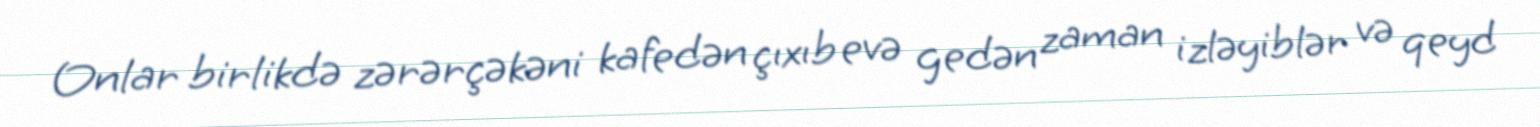
Onlar birlikdə zərərçəkəni kafedən çıxıb evə gedən zaman izləyiblər və qeyd